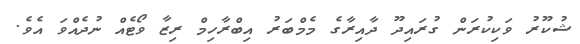
ޝުކޫރު ވަކިކުރަން ގުރައިދޫ ދާއިރާގެ މެމްބަރު އިބްރާހިމް ރިޒާ ވޯޓެއް ނުދެއްވަ އެވެ.